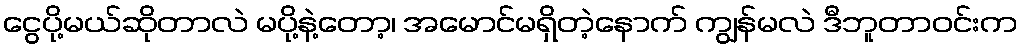
ငွေပို့မယ်ဆိုတာလဲ မပို့နဲ့တော့၊ အမောင်မရှိတဲ့နောက် ကျွန်မလဲ ဒီဘူတာဝင်းက